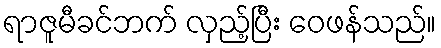
ရာဇူမီခင်ဘက် လှည့်ပြီး ဝေဖန်သည်။